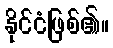
နိုင်ငံဖြစ်၏။